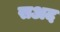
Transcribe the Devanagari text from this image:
सअद